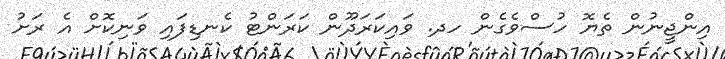
އިންޖީނުން ތެޔޮ ހުސްވެގެން ހދ. ވައިކަރަދޫން ކަރަންޓު ކެނޑިފައި ވަނިކޮށް އެ ރަށު